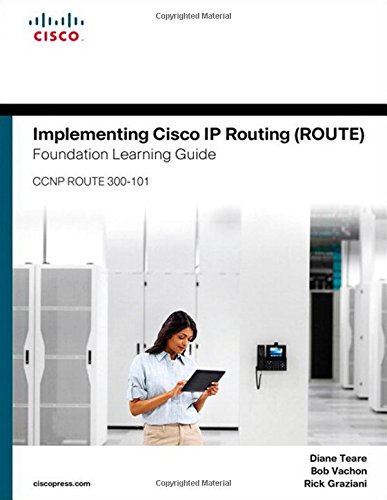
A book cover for Implementing Cisco IP Routing (ROUTE) Foundation Learning Guide: (CCNP ROUTE 300-101) (Foundation Learning Guides); Diane Teare; Computers & Technology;